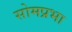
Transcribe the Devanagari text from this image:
सोमप्रभा